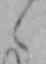
く